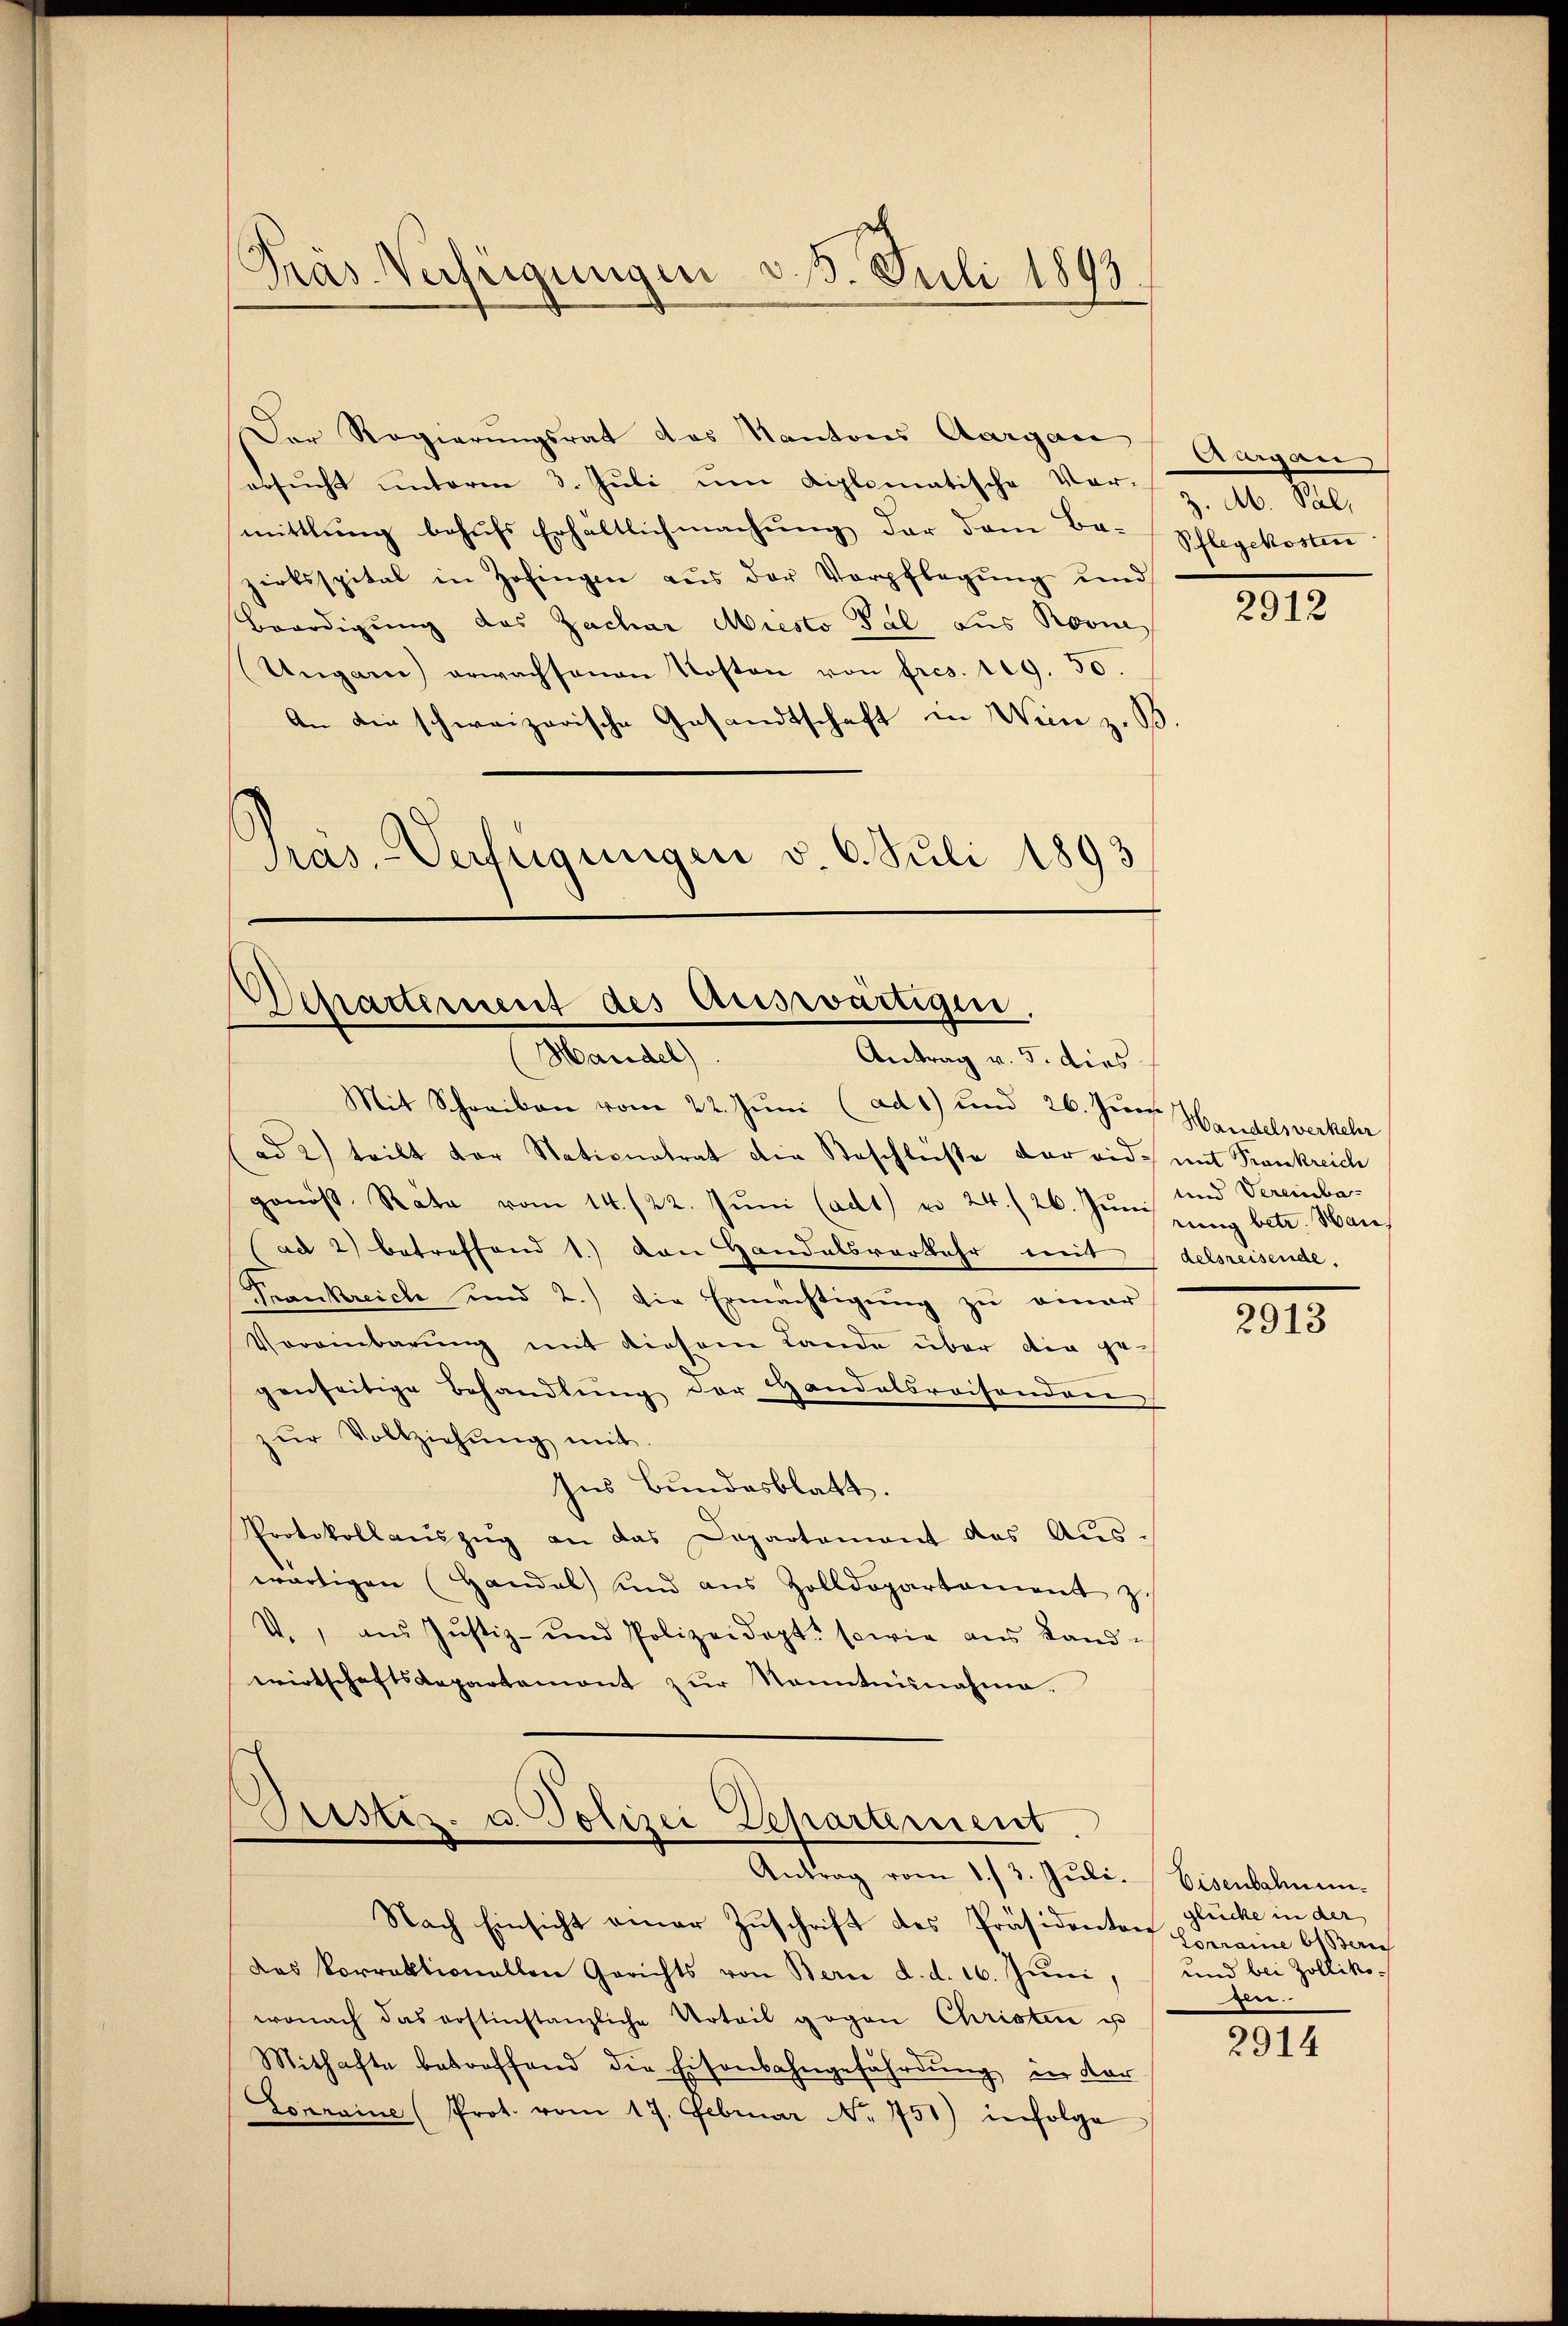
Der Regierungsrat das Kantons Aargau (Aargau
ebsŭcht ŭnterm 3. Jŭli ŭm diplomatische Vor- u. Sal
mittlung behufs Erhaltlich machung der dem Ba-Schlegekosten
zirksspital in Zofingen aus der Verpflegung und
Beerdigung des Zachar Miesto Tal aus Novin
Ungarn) erwachsenen Kosten von fres. 109. 50.
An die schweizerische Gesandtschaft in Wien z. B
Pras.-Verfügungen v. 6. Juli 1893

Pras Verfügungen v. 5. Juli 1893.

Departement des Auswärtigen.
Handel
Antrag v. 5. dies

Mit Schreiben vom 22. Juni (ad 1) und 26. Junii Handels verkehr
(ad 2) teilt der Nationatrat die Beschlüße der eid. mit Frankreich
gonos. Rata vom 14./22. Jŭni (ad1) u. 24./26. Jŭni und Vereinba-
(ad 2) betreffend 1) von Handelsverkehr mit delsreisende,
Frankreich und 2.) Die Ermächtigŭng zŭ einer
Vereinbarŭng mit diesem Lande über die gegenseitige Behandlŭng der Handelsreisenden
zŭr Vollziehŭng mit.
Ins Bundesblatt.
Protokollaŭszŭg an das Departamant das Aŭs-
wärtigen (Handel und aus Zolldepartament z.
V., aus Justiz- und Polizeidept, sowie aus Landwirtschaftsdepartemont zur Stanntnisnahme.
s

Cristiz- u. Polizei Departement.

Antrag vom 13. Jŭli. Eisenbahne
Nach Einsicht einer Zuschrift des Präsidenten Ermann Beruf
Das korrektionallen Gerichts von Bern d. d. 16. Juni, und bei Zollikowonach das rostinstanzliche Urteil gegen Christer u
Mithafte betreffend die Eisenbahngefährdung in der
Conraine (Prot. vom 17. Februar Nr. 751) infolge

2912

rung betr. Han

2913

glücke in der
le.

2914